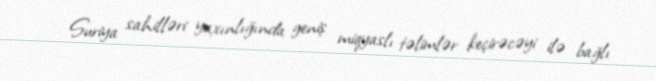
Suriya sahilləri yaxınlığında geniş miqyaslı təlimlər keçirəcəyi ilə bağlı